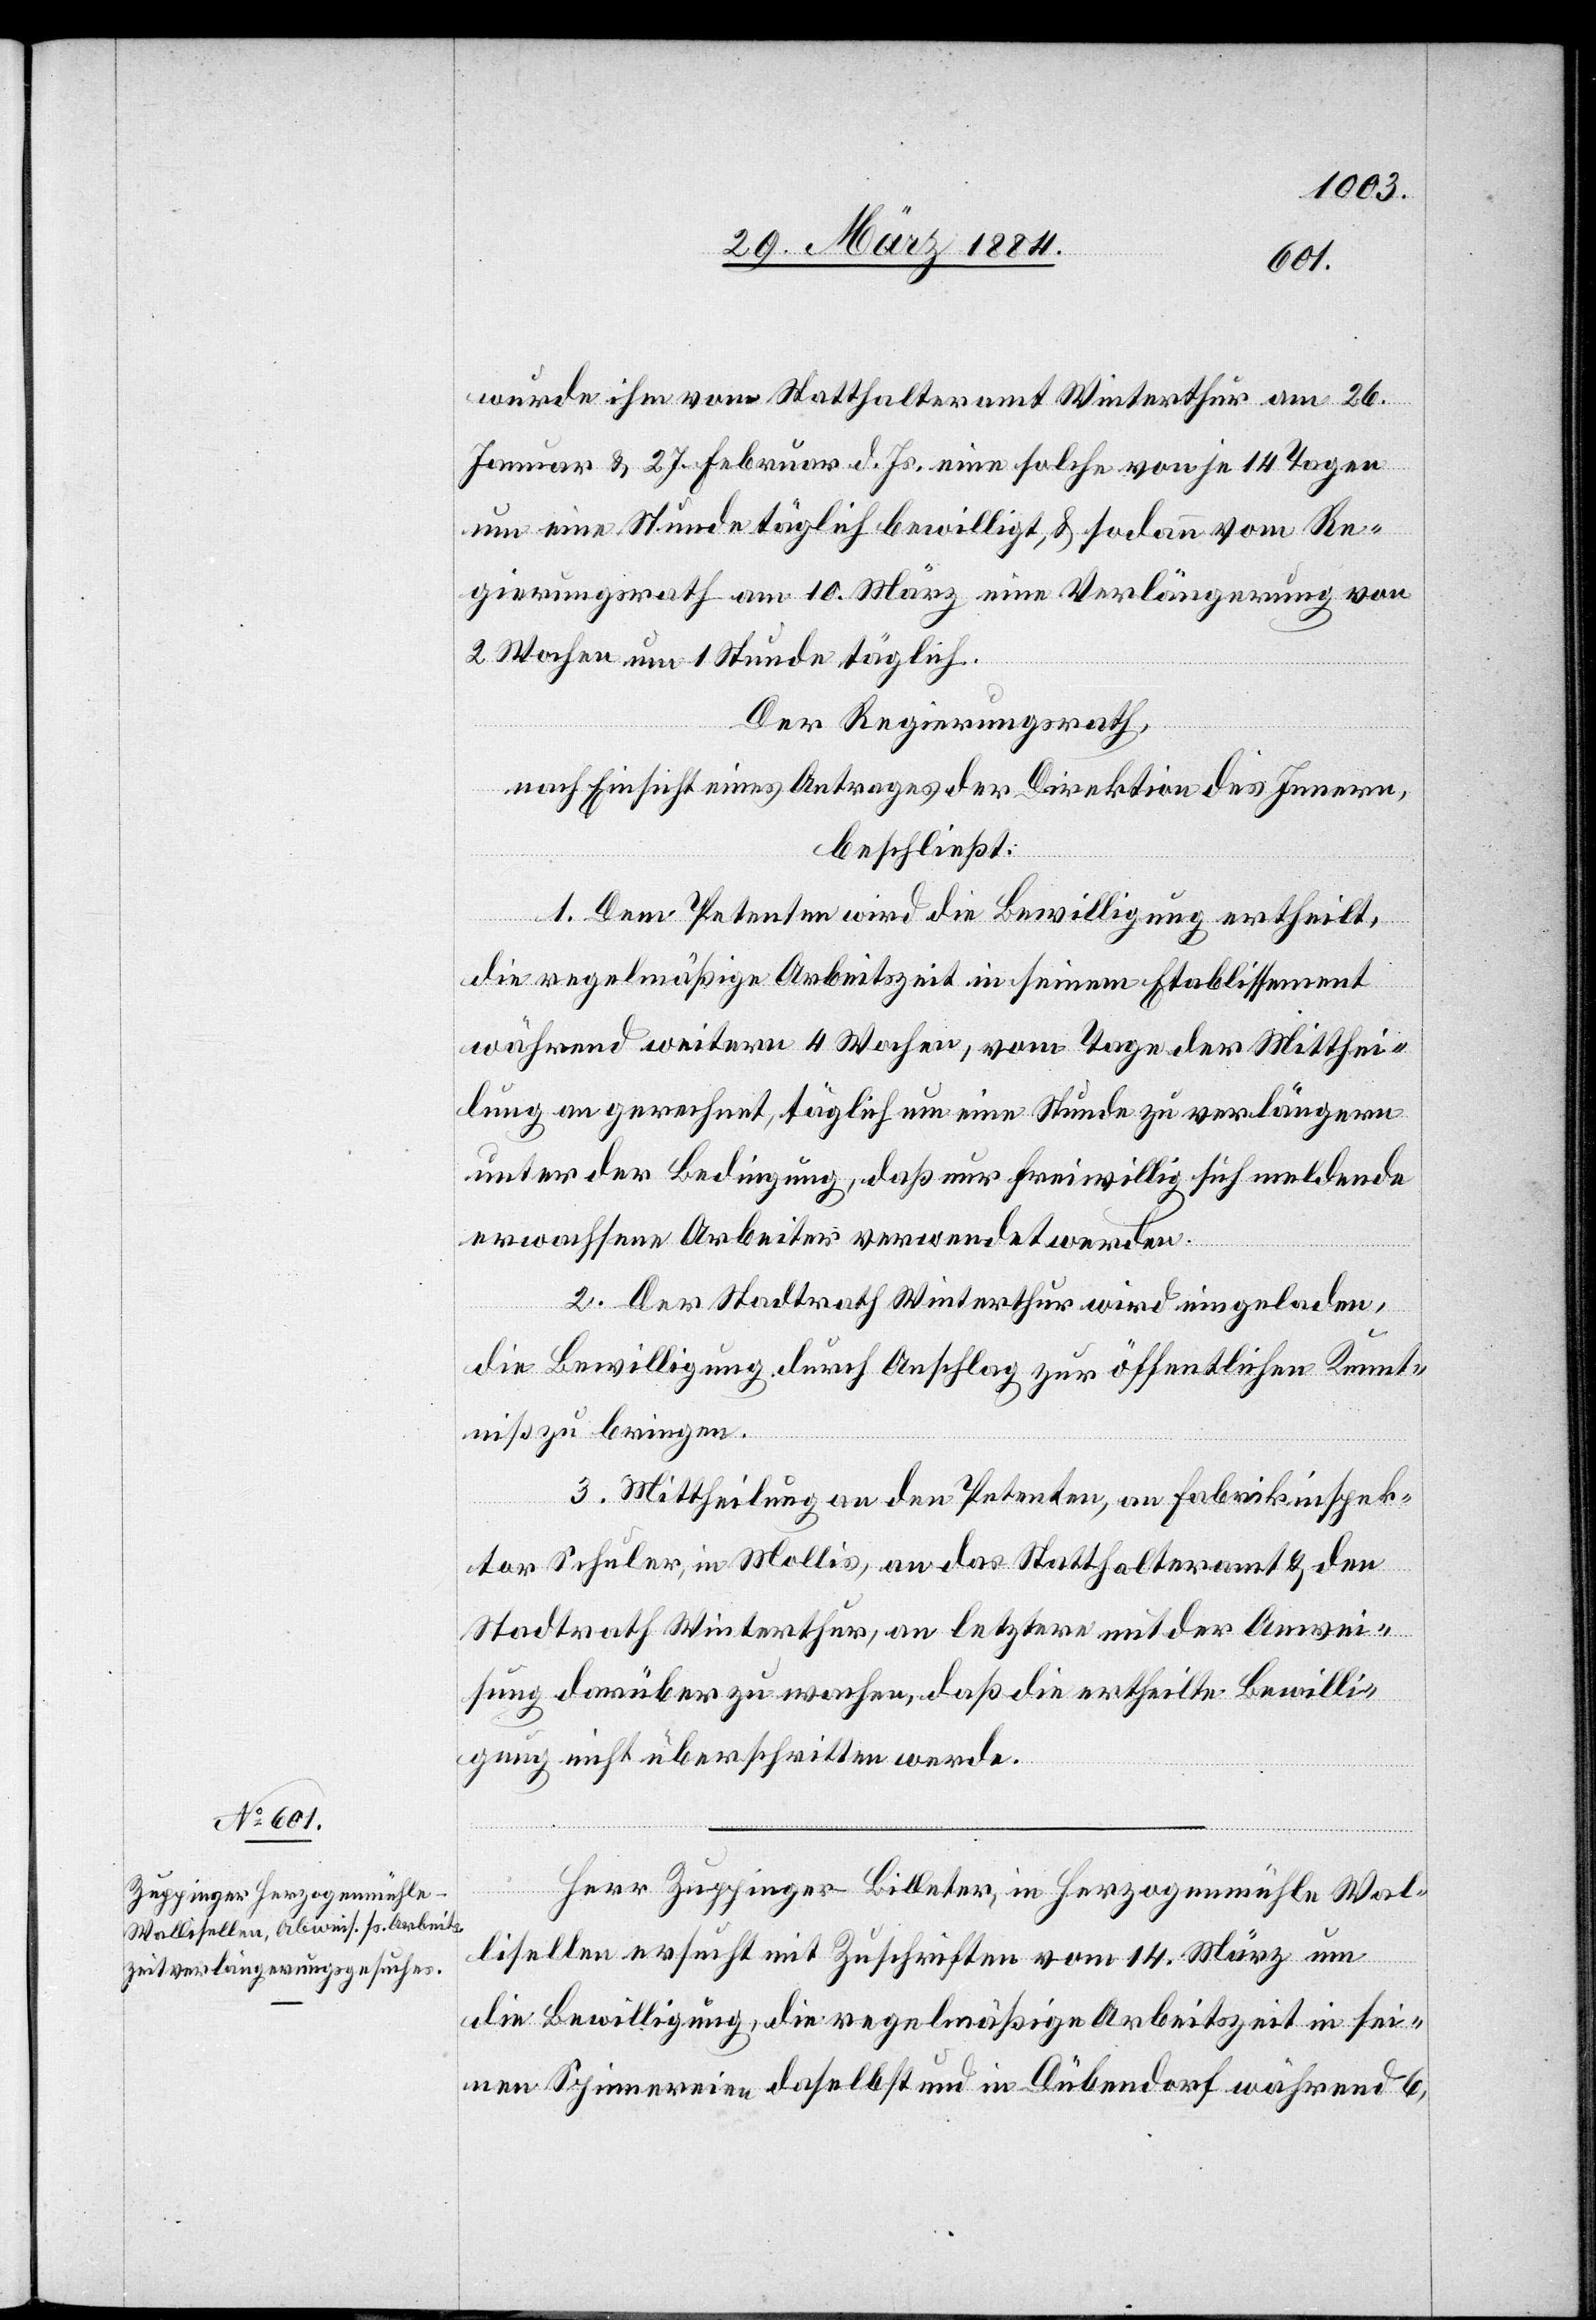
wurde ihm vom Statthalteramt Winterthur am 26.
Januar & 27. Februar d. Js. eine solche von je 14 Tagen
um eine Stunde täglich bewilligt, & sodann vom Re¬
gierungsrath am 10. März eine Verlängerung von
2 Wochen um 1 Stunde täglich.
Der Regierungsrath,
nach Einsicht eines Antrages der Direktion des Innern,
beschließt:
1. Dem Petenten wird die Bewilligung ertheilt,
die regelmäßige Arbeitszeit in seinem Etablissement
während weitern 4 Wochen, vom Tage der Mitthei¬
lung an gerechnet, täglich um eine Stunde zu verlängern,
unter der Bedingungen, daß nur freiwillig sich meldende
erwachsene Arbeiter verwendet werden.
2. Der Stadtrath Winterthur wird eingeladen,
die Bewilligung durch Anschlag zur öffentlichen Kennt¬
niß zu bringen.
3. Mittheilung an den Petenten, an Fabrikinspek¬
tor Schuler, in Mollis, an das Statthalteramt & den
Stadtrath Winterthur, an letztere mit der Anwei¬
sung, darüber zu wachen, daß die ertheilte Bewilli¬
gung nicht überschritten werde.
Herr Zuppinger-Billeter, in Herzogenmühle Wal¬
lisellen ersucht mit Zuschrift vom 14. März um
die Bewilligung, die regelmäßige Arbeitszeit in sei¬
nen Spinnereien daselbst und in Dübendorf während 6